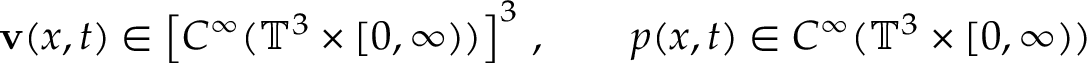
\mathbf { v } ( x , t ) \in \left[ C ^ { \infty } ( \mathbb { T } ^ { 3 } \times [ 0 , \infty ) ) \right] ^ { 3 } \, , \qquad p ( x , t ) \in C ^ { \infty } ( \mathbb { T } ^ { 3 } \times [ 0 , \infty ) )